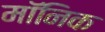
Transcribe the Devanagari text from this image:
मॉनिक